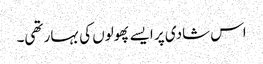
اس شادی پر ایسے پھولوں کی بہار تھی۔